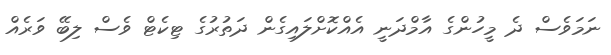
ނަމަވެސް ދެ މީހުންގެ އާމްދަނީ އެއްކޮށްލައިގެން ދަތުރުގެ ޓިކެޓް ވެސް ލިބޭ ވަރެއް